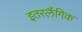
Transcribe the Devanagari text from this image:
इतरलैंगिक